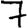
Digit: 7